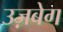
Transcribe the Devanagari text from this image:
उज़बेग